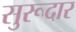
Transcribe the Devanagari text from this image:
सुरूदार